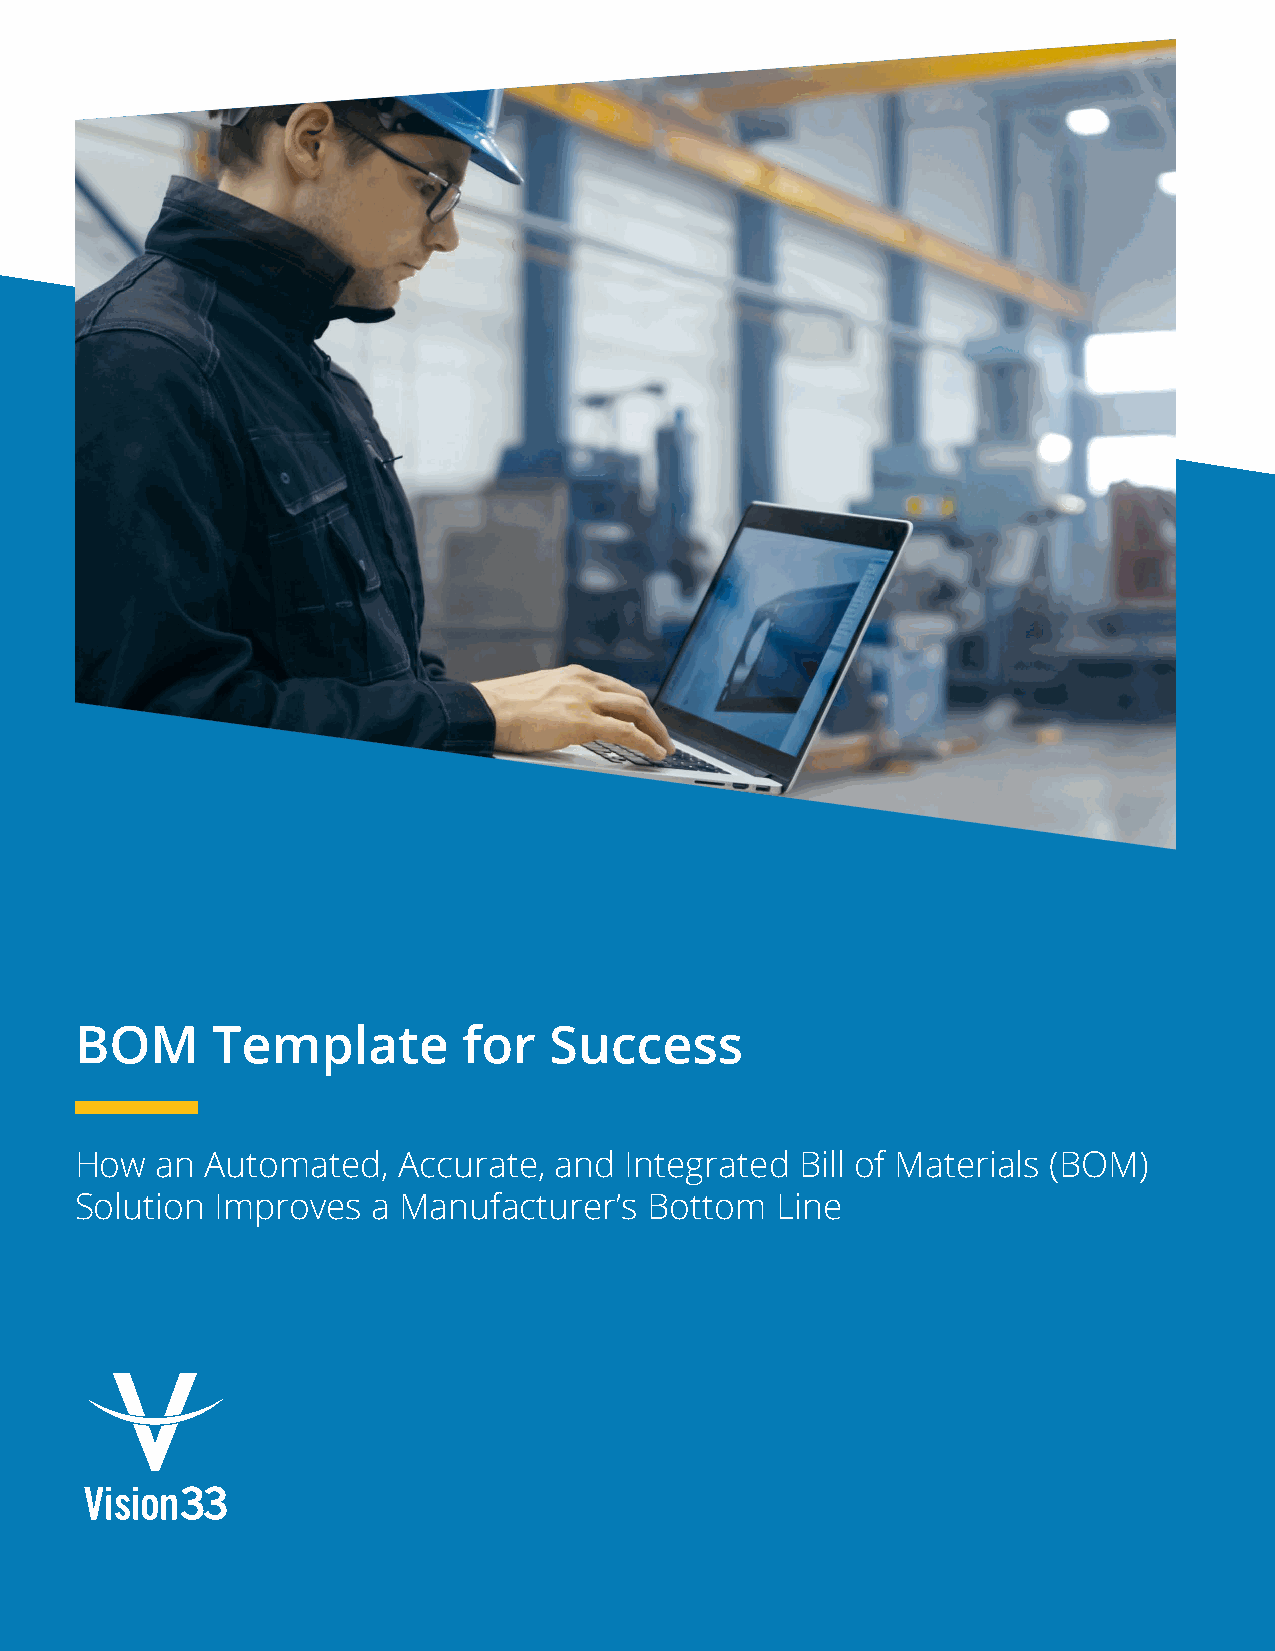
BOM      Template         for  Success
 How  an  Automated,  Accurate,  and Integrated  Bill of Materials (BOM)
 Solution Improves   a Manufacturer’s  Bottom  Line
 1
 BOM Template for Success - How an Automated, Accurate, and Integrated BOM Solution Improves Manufacturers’ Bottom Line.